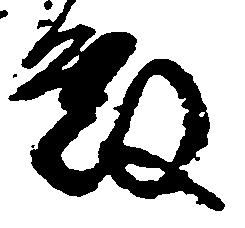
殿